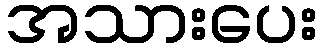
အသားပေး